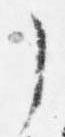
了